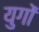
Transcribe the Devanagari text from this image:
युगाें